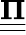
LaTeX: \underline{{\underline{{\mathbf{\Pi}}}}}